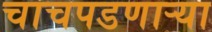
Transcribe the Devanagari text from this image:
चाचपडणार्‍या